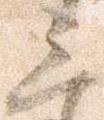
三